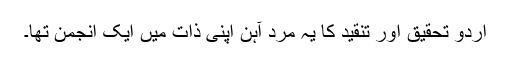
اردو تحقیق اور تنقید کا یہ مرد آہن اپنی ذات میں ایک انجمن تھا۔